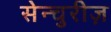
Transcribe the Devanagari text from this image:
सेन्चुरीज़